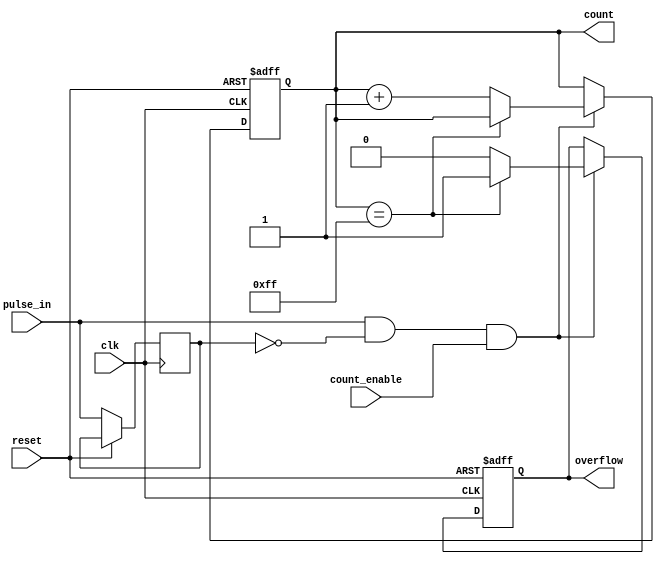
module pulse_counter (
    input wire clk,                // Clock signal
    input wire reset,              // Reset signal
    input wire pulse_in,           // Input pulse signal
    input wire count_enable,       // Count enable signal
    output reg [7:0] count,        // 8-bit count output
    output reg overflow            // Overflow flag
);

    // Internal signal to detect the rising edge of pulse_in
    reg pulse_in_d; // Delayed version of pulse_in

    always @(posedge clk or posedge reset) begin
        if (reset) begin
            count <= 8'b0;          // Reset count to zero
            overflow <= 1'b0;       // Clear overflow flag
        end else begin
            pulse_in_d <= pulse_in; // Store the current pulse_in state

            // Check for rising edge of pulse_in
            if (pulse_in && !pulse_in_d && count_enable) begin
                if (count == 8'hFF) begin
                    overflow <= 1'b1; // Set overflow flag if max count reached
                end else begin
                    count <= count + 1; // Increment count
                    overflow <= 1'b0;    // Clear overflow flag
                end
            end
        end
    end

endmodule